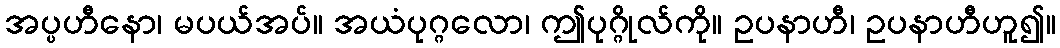
အပ္ပဟီနော၊ မပယ်အပ်။ အယံပုဂ္ဂလော၊ ဤပုဂ္ဂိုလ်ကို။ ဥပနာဟီ၊ ဥပနာဟီဟူ၍။